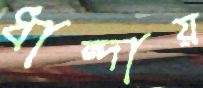
ধান্দায়